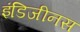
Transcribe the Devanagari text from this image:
इंडिजीनस